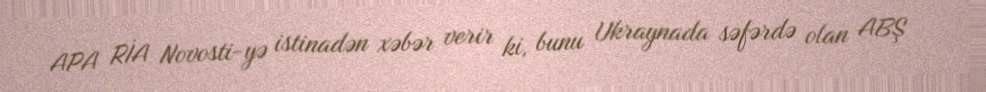
APA RİA Novosti-yə istinadən xəbər verir ki, bunu Ukraynada səfərdə olan ABŞ